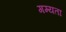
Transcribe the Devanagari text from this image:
गम्यता